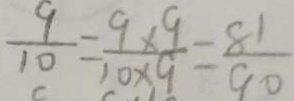
\frac { 9 } { 1 0 } = \frac { 9 \times 9 } { 1 0 \times 9 } = \frac { 8 1 } { 9 0 }